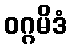
ဝဂ္ဂမိဒံ